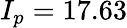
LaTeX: I_{p}=17.63